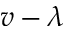
v - \lambda